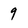
Character: 9